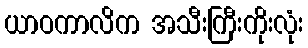
ယာဝကာလိက အသီးကြီးကိုးလုံး